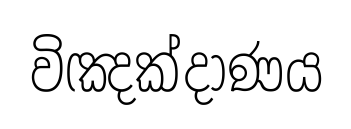
විඤක්දාණය